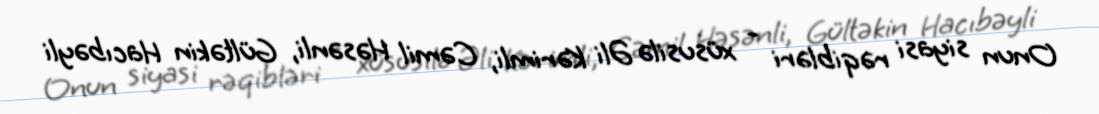
Onun siyasi rəqibləri - xüsusilə Əli Kərimli, Cəmil Həsənli, Gültəkin Hacıbəyli